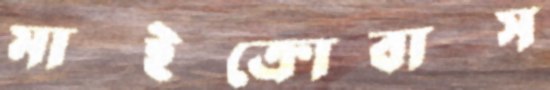
মাইক্রোবাস